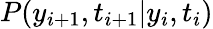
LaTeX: P(y_{i+1},t_{i+1}|y_{i},t_{i})